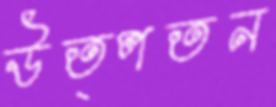
উত্পতন